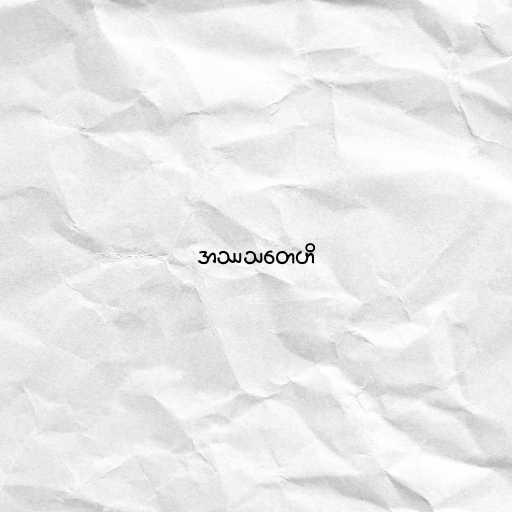
အဿသတေဟိ